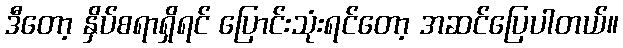
ဒီတော့ နှိပ်စရာရှိရင် ပြောင်းသုံးရင်တော့ အဆင်ပြေပါတယ်။